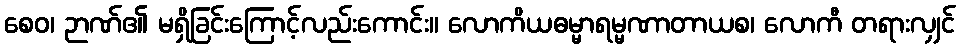
စေဝ၊ ဉာဏ်၏ မရှိခြင်းကြောင့်လည်းကောင်း။ လောကိယဓမ္မာရမ္မဏာတာယစ၊ လောကီ တရားလျှင်